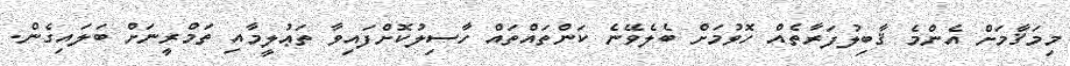
މިމަޤާމަށް އެންމެ ޤާބިލުފަރާތެއް ހޮވުމަށް ބެލެވޭނެ ކަންތައްތައް ހާސިލުކޮށްފައިވާ ތަޢުލީމާއި ތަމްރީނަށް ބަލައިގެން.